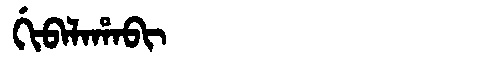
Manchu: ᡤᡳᠪᠠᠯᠠᡥᠠᠪᡳ
Romanization: GIBALAHABI